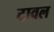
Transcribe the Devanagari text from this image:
टावल